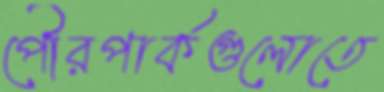
পৌরপার্কগুলোতে